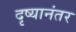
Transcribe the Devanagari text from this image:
दृष्यानंतर